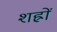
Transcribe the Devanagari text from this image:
शह्रों